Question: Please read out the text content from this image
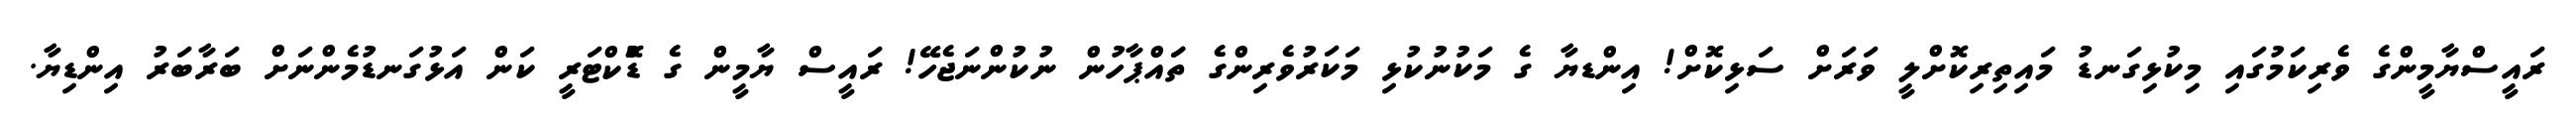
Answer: ރައީސްޔާމީންގެ ވެރިކަމުގައި މިކުޅިގަނޑު މައިތިރިކޮށްލީ ވަރަށް ސަޅިކޮށް! އިންޑޔާ ގެ މަކުނުކުޅި މަކަރުވެރިންގެ ތަައްޕާހުން ނުކުންނަޖެހޭ! ރައީސް ޔާމީން ގެ ޑޮްކްޓަރީ ކަން އަޅުގަނޑުމެންނަށް ބަރާބަރު އިންޑިޔާ.